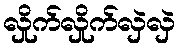
လှိုက်လှိုက်လှဲလှဲ